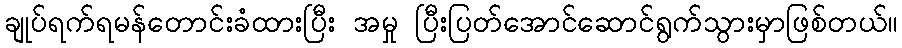
ချုပ်ရက်ရမန်တောင်းခံထားပြီး အမှု ပြီးပြတ်အောင်ဆောင်ရွက်သွားမှာဖြစ်တယ်။